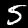
Label: 5